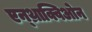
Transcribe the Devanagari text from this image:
एन्थ्राक्विओन